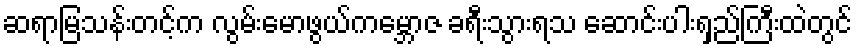
ဆရာမြသန်းတင့်က လွမ်းမောဖွယ်ကမ္ဘောဇ ခရီးသွားရသ ဆောင်းပါးရှည်ကြီးထဲတွင်